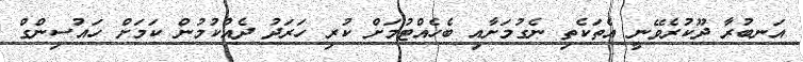
އަނބުރާ ދޫކުރެވޭނީ އެތަކެތި ނެގުމަށާއި ބެހެއްޓުމަށް ކުރި ހަރަދު ދެއްކުމުން ކަމަށް ހައުސިންގް